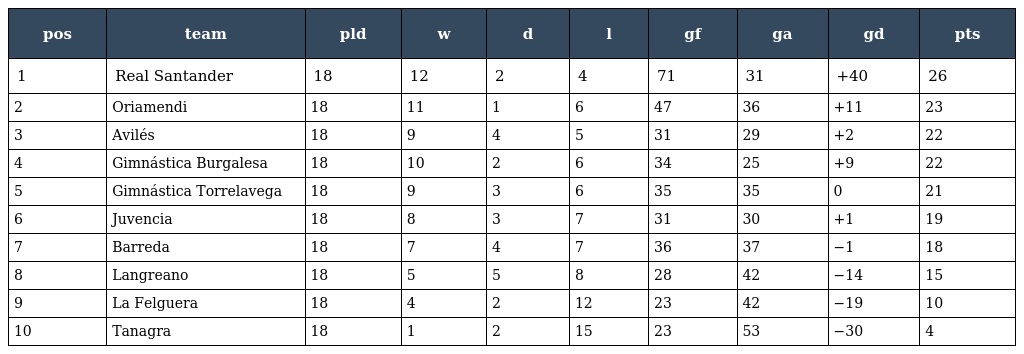
| pos | team | pld | w | d | l | gf | ga | gd | pts |
 | --- | --- | --- | --- | --- | --- | --- | --- | --- | --- |
 | 1 | Real Santander | 18 | 12 | 2 | 4 | 71 | 31 | +40 | 26 |
 | 2 | Oriamendi | 18 | 11 | 1 | 6 | 47 | 36 | +11 | 23 |
 | 3 | Avilés | 18 | 9 | 4 | 5 | 31 | 29 | +2 | 22 |
 | 4 | Gimnástica Burgalesa | 18 | 10 | 2 | 6 | 34 | 25 | +9 | 22 |
 | 5 | Gimnástica Torrelavega | 18 | 9 | 3 | 6 | 35 | 35 | 0 | 21 |
 | 6 | Juvencia | 18 | 8 | 3 | 7 | 31 | 30 | +1 | 19 |
 | 7 | Barreda | 18 | 7 | 4 | 7 | 36 | 37 | −1 | 18 |
 | 8 | Langreano | 18 | 5 | 5 | 8 | 28 | 42 | −14 | 15 |
 | 9 | La Felguera | 18 | 4 | 2 | 12 | 23 | 42 | −19 | 10 |
 | 10 | Tanagra | 18 | 1 | 2 | 15 | 23 | 53 | −30 | 4 |